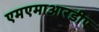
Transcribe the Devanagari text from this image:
एमएमाआरडीए